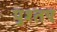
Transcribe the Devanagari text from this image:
पुश्तए